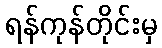
ရန်ကုန်တိုင်းမှ